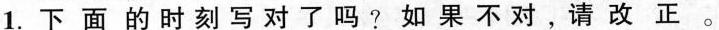
1.下面的时刻写对了吗？如果不对，请改正。